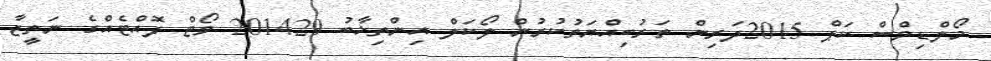
މޯލްޑިވްސް ކަޕް 2015ދަރިން ތަރުބިއްޔަތުކުރުން ލޯކަލް އިންތިޚާބު 201429 ވޯޓް ފޮއްޓެއްގެ ނަތީޖާ